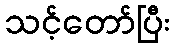
သင့်တော်ပြီး